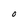
Character: O